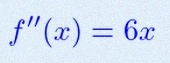
f''(x)=6x